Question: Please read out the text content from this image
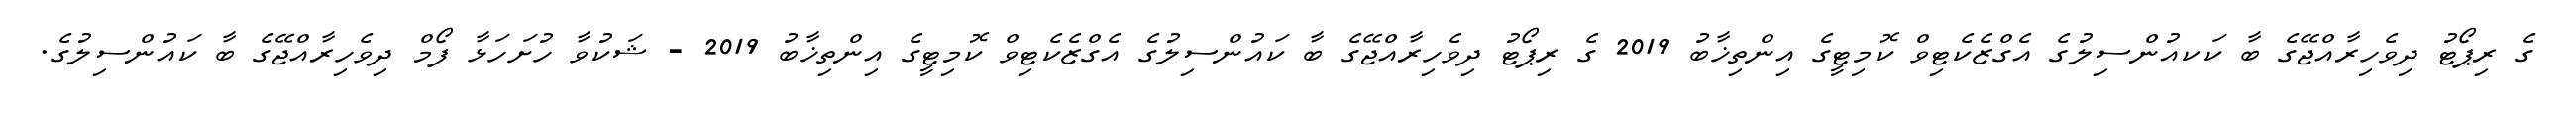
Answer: ގެ ރިޕޯޓު ދިވެހިރާއްޖޭގެ ބާ ކަކއުންސިލުގެ އެގްޒެކެޓިވް ކޮމިޓީގެ އިންތިޚާބު 2019 ގެ ރިޕޯޓު ދިވެހިރާއްޖޭގެ ބާ ކައުންސިލުގެ އެގްޒެކެޓިވް ކޮމިޓީގެ އިންތިޚާބު 2019 - ޝަކުވާ ހުށަހަޅާ ފޯމް ދިވެހިރާއްޖޭގެ ބާ ކައުންސިލުގެ.